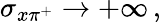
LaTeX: \sigma_{x\pi^{+}}\to+\infty\, ,